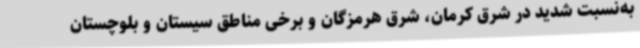
به‌نسبت شدید در شرق کرمان، شرق هرمزگان و برخی مناطق سیستان و بلوچستان